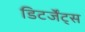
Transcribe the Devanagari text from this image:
डिटर्जेंट्स